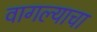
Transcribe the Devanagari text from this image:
वागल्याचा